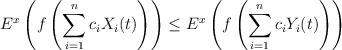
LaTeX: \begin{align*}E^x\left(f\left(\sum_{i=1}^nc_iX_i(t)\right) \right)\leq E^x\left(f\left(\sum_{i=1}^nc_iY_i(t)\right) \right)\end{align*}